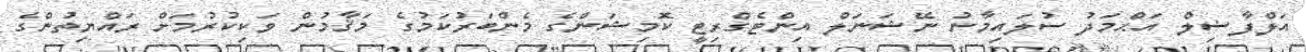
އަލްފާޟިލް އަޙްމަދު ސުލައިމާނު ނޭޝަނަލް އިންޓެގްރިޓީ ކޮމިޝަންގެ މެންބަރުކަމުގެ މަޤާމުން ވަކިކުރުމަށް ރައްޔިތުންގެ